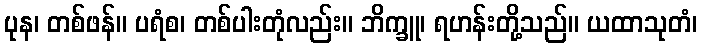
ပုန၊ တစ်ဖန်။ ပရံစ၊ တစ်ပါးတုံလည်း။ ဘိက္ခူ၊ ရဟန်းတို့သည်။ ယထာသုတံ၊